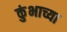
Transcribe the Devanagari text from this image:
कुंभाच्या